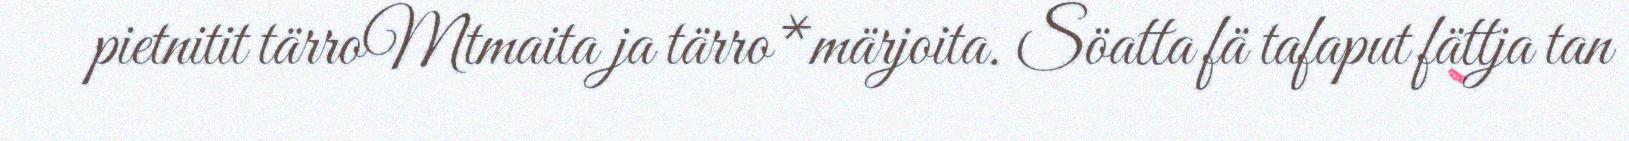
pietnitit tärroMtmaita ja tärro*märjoita. Söatta fä tafaput fättja tan